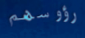
رؤوسهم